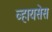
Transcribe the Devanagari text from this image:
व्हायसेस